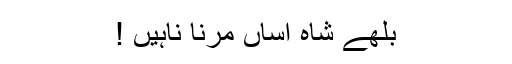
بُلھے شاہ اساں مرنا ناہیں !